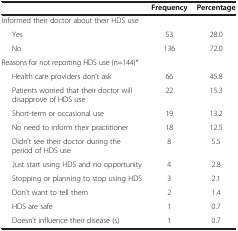
<table><thead><tr><td><b> </b></td><td><b>Frequency</b></td><td><b>Percentage</b></td></tr></thead><tbody><tr><td>Informed their doctor about their HDS use</td><td> </td><td> </td></tr><tr><td>Yes</td><td>53</td><td>28.0</td></tr><tr><td>No</td><td>136</td><td>72.0</td></tr><tr><td>Reasons for not reporting HDS use (n=144)*</td><td> </td><td> </td></tr><tr><td>Health care providers don’t ask</td><td>66</td><td>45.8</td></tr><tr><td>Patients worried that their doctor will disapprove of HDS use</td><td>22</td><td>15.3</td></tr><tr><td>Short-term or occasional use</td><td>19</td><td>13.2</td></tr><tr><td>No need to inform their practitioner</td><td>18</td><td>12.5</td></tr><tr><td>Didn’t see their doctor during the period of HDS use</td><td>8</td><td>5.5</td></tr><tr><td>Just start using HDS and no opportunity</td><td>4</td><td>2.8</td></tr><tr><td>Stopping or planning to stop using HDS</td><td>3</td><td>2.1</td></tr><tr><td>Don’t want to tell them</td><td>2</td><td>1.4</td></tr><tr><td>HDS are safe</td><td>1</td><td>0.7</td></tr><tr><td>Doesn’t influence their disease (s)</td><td>1</td><td>0.7</td></tr></tbody></table>